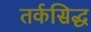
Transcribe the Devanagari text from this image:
तर्कसिद्ध